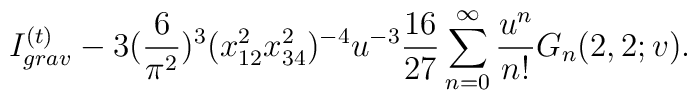
I_{grav}^{(t)}- 3 (\frac{6}{\pi^2})^3 (x_{12}^2x_{34}^2)^{-4} u^{-3} \frac{16}{27} \sum_{n=0}^\infty \frac{u^n}{n!} G_n(2,2;v).